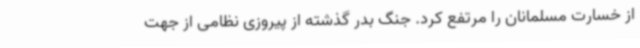
از خسارت مسلمانان را مرتفع کرد. جنگ بدر گذشته از پیروزی نظامی از جهت